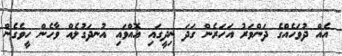
އެއް ދުވަހެއްގެ ދަންވަރު އަހަރެން ގަދަ ނިދީގައި އޮއްވައި އުނދަގުލެއް ވާހެން ހީވެގެން